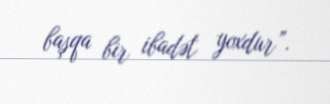
başqa bir ibadət yoxdur”.